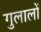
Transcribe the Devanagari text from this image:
गुलालों